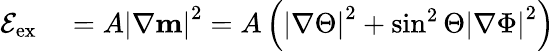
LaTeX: \begin{array}{rl}{\mathcal{E}_{\mathrm{ex}}}&{{}=A\left|\nabla\mathbf{m}\right|^{2}=A\left(\left|\nabla\Theta\right|^{2}+\sin^{2}\Theta\left|\nabla\Phi\right|^{2}\right)}\end{array}